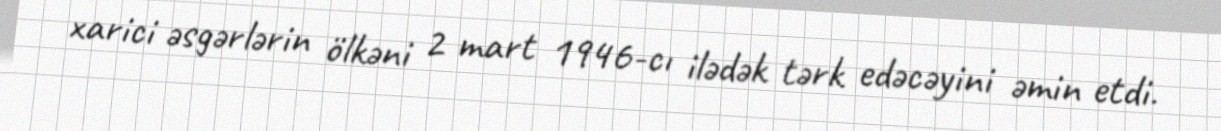
xarici əsgərlərin ölkəni 2 mart 1946-cı ilədək tərk edəcəyini əmin etdi.